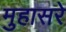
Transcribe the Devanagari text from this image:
मुहासरे